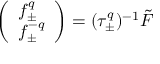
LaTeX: \left( \begin{array} { l } { { f _ { \pm } ^ { q } } } \\ { { f _ { \pm } ^ { - q } } } \end{array} \right) = ( \tau _ { \pm } ^ { q } ) ^ { - 1 } \tilde { F }